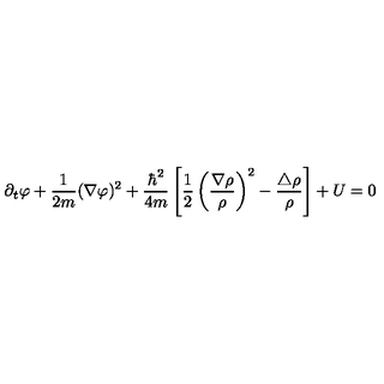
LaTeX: \partial _ { t } \varphi + \frac { 1 } { 2 m } ( { \mathrm { \boldmath \nabla } } \varphi ) ^ { 2 } + \frac { \hbar ^ { 2 } } { 4 m } \left[ \frac { 1 } { 2 } \left( \frac { { \mathrm { \boldmath \nabla } } \rho } { \rho } \right) ^ { 2 } - \frac { \triangle \rho } { \rho } \right] + U = 0